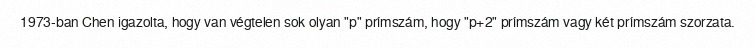
1973-ban Chen igazolta, hogy van végtelen sok olyan "p" prímszám, hogy "p+2" prímszám vagy két prímszám szorzata.